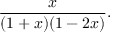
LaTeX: { \frac { x } { ( 1 + x ) ( 1 - 2 x ) } } .